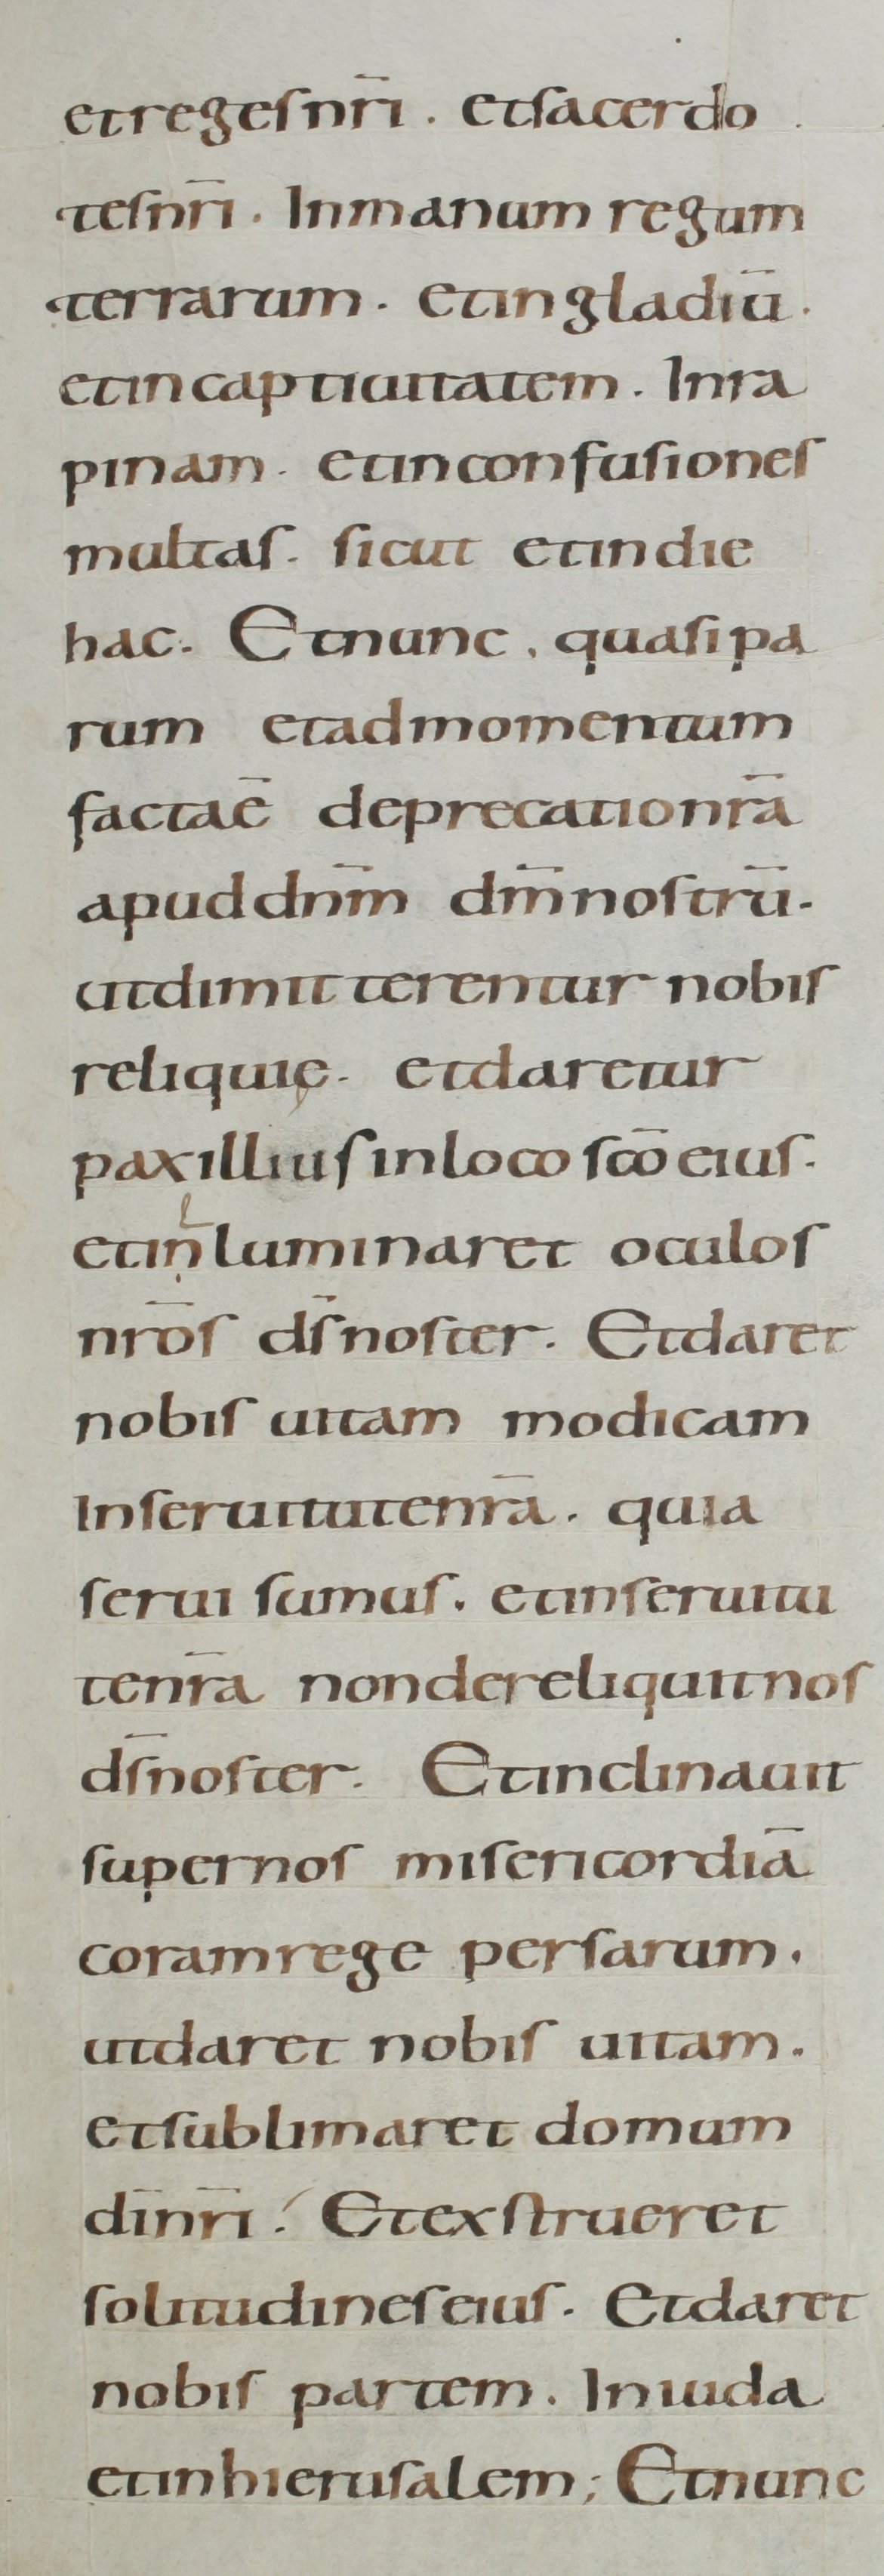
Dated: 800–899